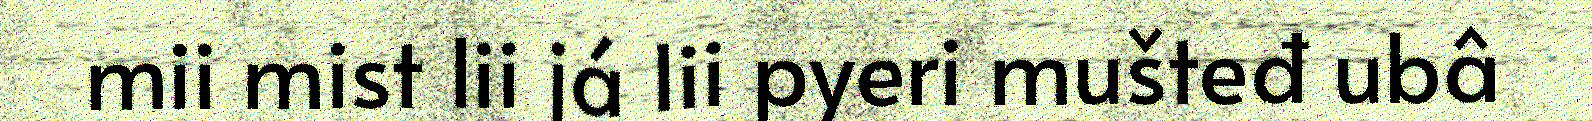
mii mist lii já lii pyeri mušteđ ubâ